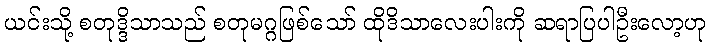
ယင်းသို့ စတုဒ္ဒိသာသည် စတုမဂ္ဂဖြစ်သော် ထိုဒိသာလေးပါးကို ဆရာပြပါဦးလော့ဟု